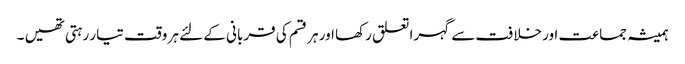
ہمیشہ جماعت اور خلافت سے گہرا تعلق رکھا اور ہر قسم کی قربانی کے لئے ہر وقت تیار رہتی تھیں ۔